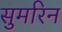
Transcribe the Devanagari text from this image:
सुमरिन